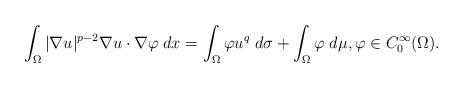
LaTeX: \begin{align*}\int_{\Omega} \vert \nabla u \vert^{p-2} \nabla u \cdot \nabla \varphi \;dx = \int_{\Omega} \varphi u^{q}\; d\sigma + \int_{\Omega} \varphi \;d\mu, \varphi \in C_{0}^{\infty}(\Omega).\end{align*}